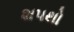
શપથો